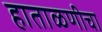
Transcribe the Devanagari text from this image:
हाताळणीचा